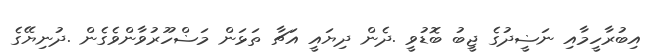
އިބުރާހީމާއި ނަޟީދުގެ ޖީބު ބޮޑުވީ .ދެން ދިޔައީ އަޗާ ތަޅަން މަޟްހޫރުވާންވެގެން .ދުނިޔޭގެ